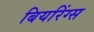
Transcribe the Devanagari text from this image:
बियरिंग्स